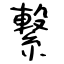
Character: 繋